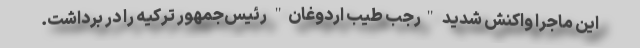
این ماجرا واکنش شدید "رجب طیب اردوغان" رئیس‌جمهور ترکیه را در برداشت.